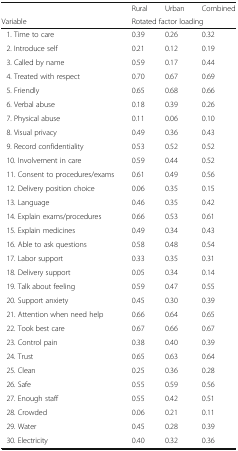
|  | Rural | Urban | Combined |
 | Variable | <COLSPAN=3> Rotated factor loading |
 | --- | --- | --- | --- |
 | 1. Time to care | 0.39 | 0.26 | 0.32 |
 | 2. Introduce self | 0.21 | 0.12 | 0.19 |
 | 3. Called by name | 0.59 | 0.17 | 0.44 |
 | 4. Treated with respect | 0.70 | 0.67 | 0.69 |
 | 5. Friendly | 0.65 | 0.68 | 0.66 |
 | 6. Verbal abuse | 0.18 | 0.39 | 0.26 |
 | 7. Physical abuse | 0.11 | 0.06 | 0.10 |
 | 8. Visual privacy | 0.49 | 0.36 | 0.43 |
 | 9. Record confidentiality | 0.53 | 0.52 | 0.52 |
 | 10. Involvement in care | 0.59 | 0.44 | 0.52 |
 | 11. Consent to procedures/exams | 0.61 | 0.49 | 0.56 |
 | 12. Delivery position choice | 0.06 | 0.35 | 0.15 |
 | 13. Language | 0.46 | 0.35 | 0.42 |
 | 14. Explain exams/procedures | 0.66 | 0.53 | 0.61 |
 | 15. Explain medicines | 0.49 | 0.34 | 0.43 |
 | 16. Able to ask questions | 0.58 | 0.48 | 0.54 |
 | 17. Labor support | 0.33 | 0.35 | 0.31 |
 | 18. Delivery support | 0.05 | 0.34 | 0.14 |
 | 19. Talk about feeling | 0.59 | 0.47 | 0.55 |
 | 20. Support anxiety | 0.45 | 0.30 | 0.39 |
 | 21. Attention when need help | 0.66 | 0.64 | 0.65 |
 | 22. Took best care | 0.67 | 0.66 | 0.67 |
 | 23. Control pain | 0.38 | 0.40 | 0.39 |
 | 24. Trust | 0.65 | 0.63 | 0.64 |
 | 25. Clean | 0.25 | 0.36 | 0.28 |
 | 26. Safe | 0.55 | 0.59 | 0.56 |
 | 27. Enough staff | 0.55 | 0.42 | 0.51 |
 | 28. Crowded | 0.06 | 0.21 | 0.11 |
 | 29. Water | 0.45 | 0.28 | 0.39 |
 | 30. Electricity | 0.40 | 0.32 | 0.36 |